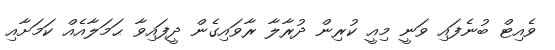
ވެއިޓް ބުނެފައި ވަނީ މިއީ ކުރިން ދުރާލާ ރާވައިގެން ދީފައިވާ ޙަމަލާއެއް ކަމަށާއި